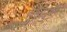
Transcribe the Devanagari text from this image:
हुल्हुले